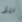
فقط